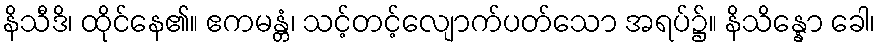
နိသီဒိ၊ ထိုင်နေ၏။ ဧကမန္တံ၊ သင့်တင့်လျောက်ပတ်သော အရပ်၌။ နိသိန္နော ခေါ၊